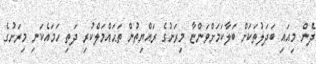
ދެން މިއައި ބަދަލުތަކަށް ބަލާކަމަށްވަންޏާ މިރަށުގެ ރައްޔިތުން ތަޙައްމަލްކުރި ދަތި ހަމައެކަނި މިރަށުގެ